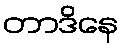
တာဒိနေ